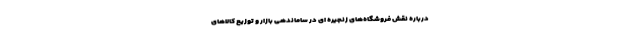
درباره نقش فروشگاه‌های زنجیره ای در ساماندهی بازار و توزیع کالاهای